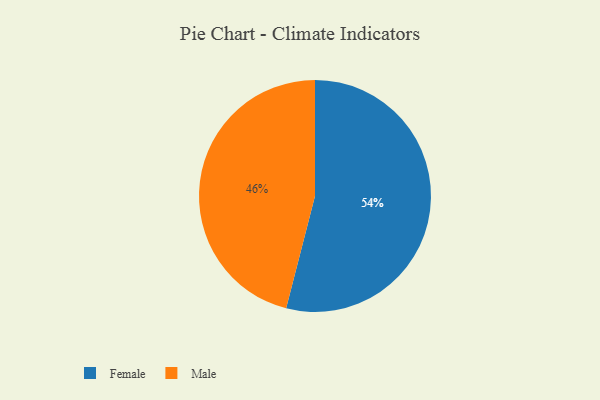
{"axis": {"x": "Category", "y": "Percentage"}, "legend": ["Female", "Male"], "data": [{"x": "Male", "y": 46, "type": "Male"}, {"x": "Female", "y": 54, "type": "Female"}]}